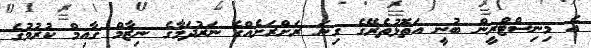
އެ މިނިސްޓްރީން ބުނީ އަތޮޅުތެރޭގެ ގިނަ ރަށްރަށެއްގެ ނަރުދަމާގެ ނިޒާމް ގާއިމް ކުރުމުގެ